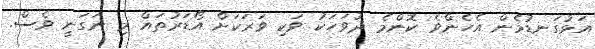
އަޅުގަނޑުމެން އެހެންވެ ކޮންމެ ދުވަހަކު ވަކި ވަރަކަށް އޯޑަރުތައް މި ނަގަނީ ވެސް.